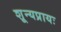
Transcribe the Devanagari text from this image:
शून्यप्रायः